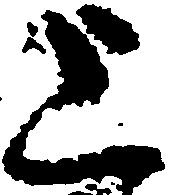
上